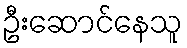
ဦးဆောင်နေသူ